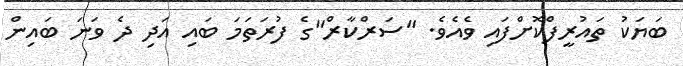
ބަޔަކު ތައުރީފްކޮށްފައި ވެއެވެ. "ސަރްކާރް"ގެ ފުރަތަމަ ބައި އަދި ދެ ވަނަ ބައިން